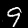
Label: 9